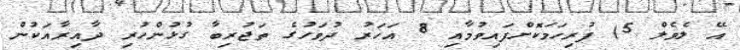
އޭ ލެވެލް 5) ފުރިހަމަކޮށްފައިވުމާއި 8 އަހަރު ދުވަހުގެ ތަޖުރިބާ ގުޅުންހުރި ދާއިރާއަކުން